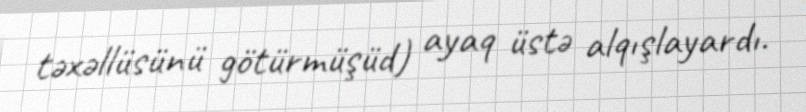
təxəllüsünü götürmüşüd) ayaq üstə alqışlayardı.